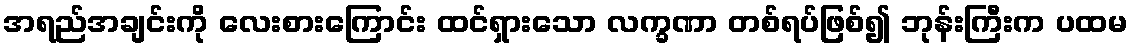
အရည်အချင်းကို လေးစားကြောင်း ထင်ရှားသော လက္ခဏာ တစ်ရပ်ဖြစ်၍ ဘုန်းကြီးက ပထမ